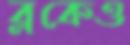
ব্লকেও